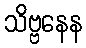
သိဗ္ဗနေန